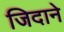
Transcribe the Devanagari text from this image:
जिदाने